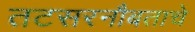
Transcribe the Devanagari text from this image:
तटसरनौबताचे